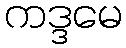
ကဒ္ဒမေ